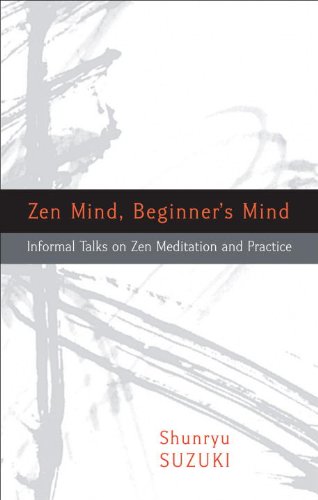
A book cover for Zen Mind, Beginner's Mind; Shunryu Suzuki; Politics & Social Sciences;